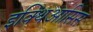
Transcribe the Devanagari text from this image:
इक्थिआसिस